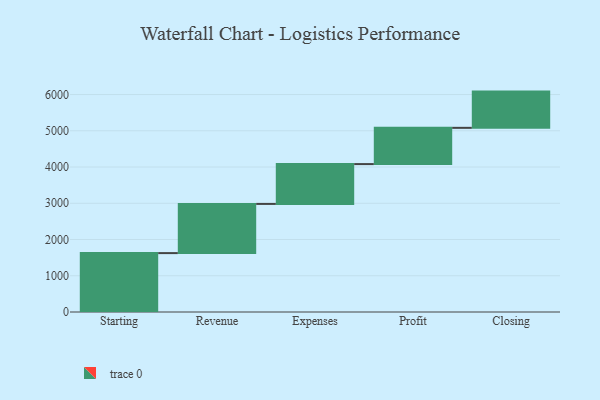
{"axis": {"x": "Step", "y": "Value"}, "legend": [""], "data": [{"x": "Starting", "y": 1625.0, "type": ""}, {"x": "Revenue", "y": 1357.0, "type": ""}, {"x": "Expenses", "y": 1099.0, "type": ""}, {"x": "Profit", "y": 1000, "type": ""}, {"x": "Closing", "y": 1000, "type": ""}]}